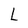
Character: L